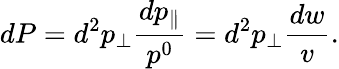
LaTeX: dP=d^{2}p_{\perp}{\frac{dp_{\parallel}}{p^{0}}}=d^{2}p_{\perp}{\frac{dw}{v}}.